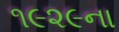
૧૯૨૯ના